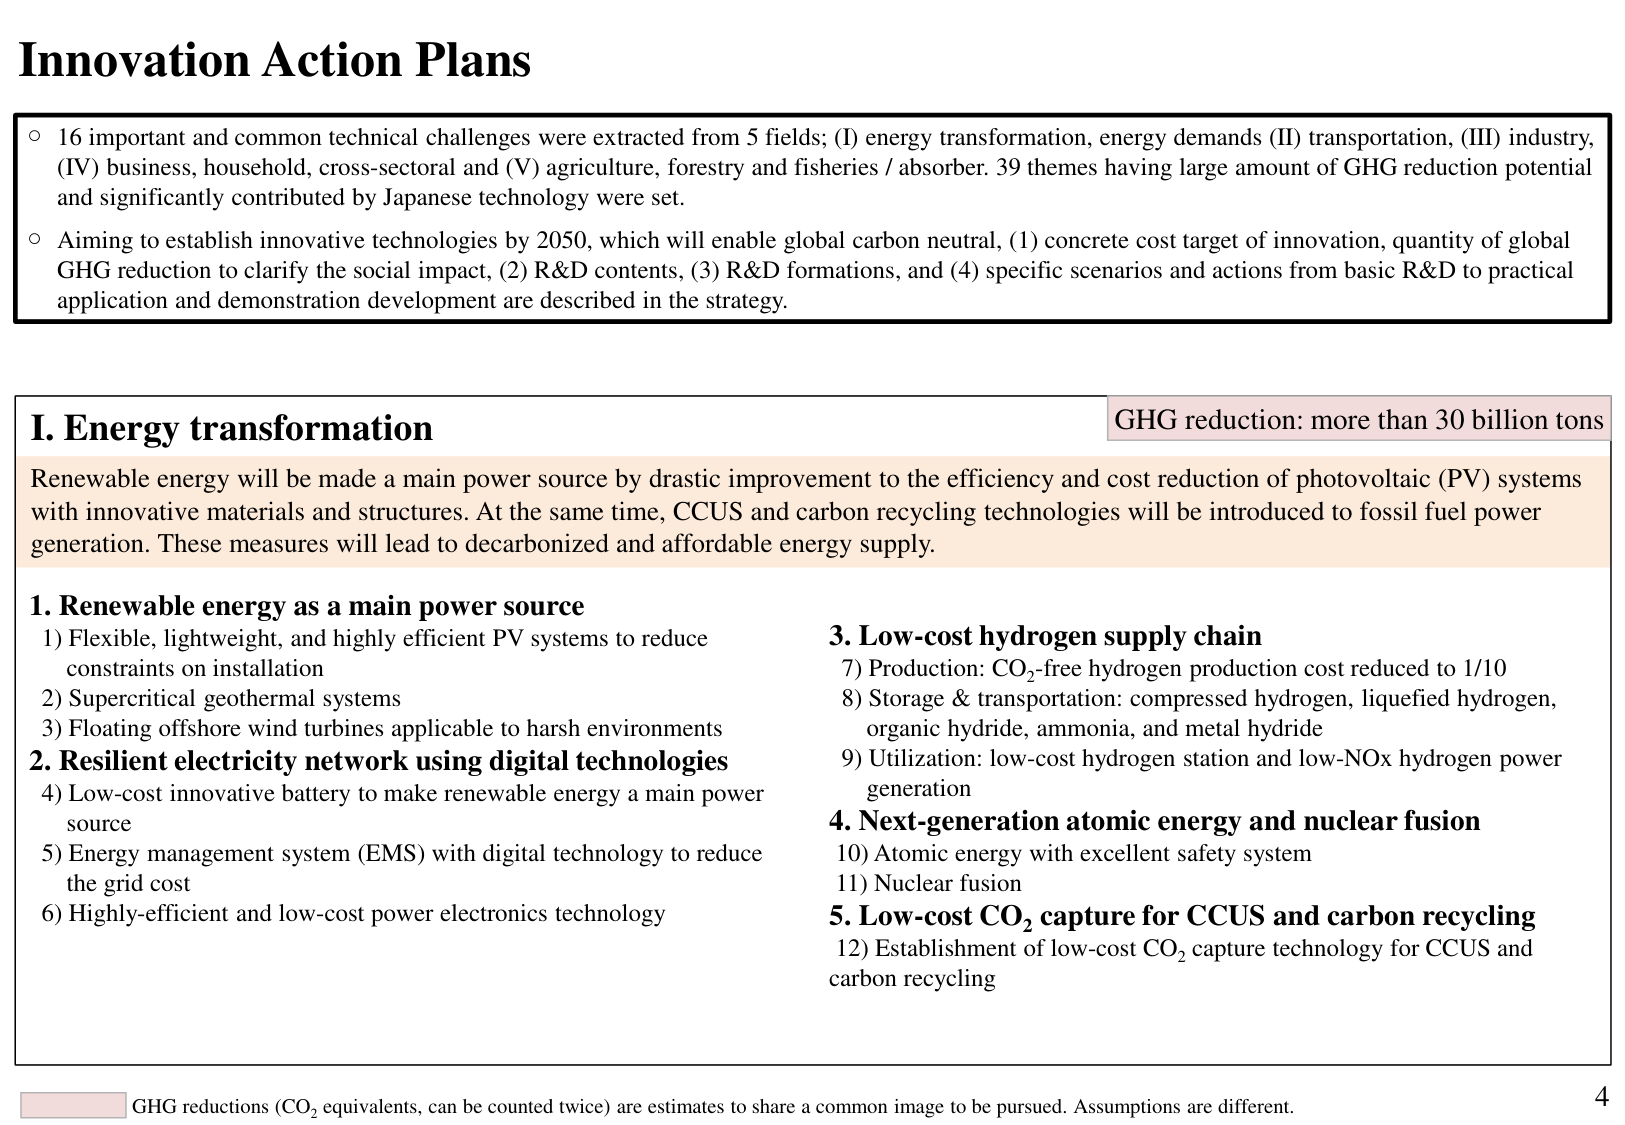
Innovation Action Plans

○ 16 important and common technical challenges were extracted from 5 fields; (I) energy transformation, energy demands (II) transportation, (III) industry, (IV) business, household, cross-sectoral and (V) agriculture, forestry and fisheries / absorber. 39 themes having large amount of GHG reduction potential and significantly contributed by Japanese technology were set.

○ Aiming to establish innovative technologies by 2050, which will enable global carbon neutral, (1) concrete cost target of innovation, quantity of global GHG reduction to clarify the social impact, (2) R&D contents, (3) R&D formations, and (4) specific scenarios and actions from basic R&D to practical application and demonstration development are described in the strategy.

I. Energy transformation
GHG reduction: more than 30 billion tons

Renewable energy will be made a main power source by drastic improvement to the efficiency and cost reduction of photovoltaic (PV) systems with innovative materials and structures. At the same time, CCUS and carbon recycling technologies will be introduced to fossil fuel power generation. These measures will lead to decarbonized and affordable energy supply.

1. Renewable energy as a main power source
1) Flexible, lightweight, and highly efficient PV systems to reduce constraints on installation
2) Supercritical geothermal systems
3) Floating offshore wind turbines applicable to harsh environments

2. Resilient electricity network using digital technologies
4) Low-cost innovative battery to make renewable energy a main power source
5) Energy management system (EMS) with digital technology to reduce the grid cost
6) Highly-efficient and low-cost power electronics technology

3. Low-cost hydrogen supply chain
7) Production: CO₂-free hydrogen production cost reduced to 1/10
8) Storage & transportation: compressed hydrogen, liquefied hydrogen, organic hydride, ammonia, and metal hydride
9) Utilization: low-cost hydrogen station and low-NOx hydrogen power generation

4. Next-generation atomic energy and nuclear fusion
10) Atomic energy with excellent safety system
11) Nuclear fusion

5. Low-cost CO₂ capture for CCUS and carbon recycling
12) Establishment of low-cost CO₂ capture technology for CCUS and carbon recycling

GHG reductions (CO₂ equivalents, can be counted twice) are estimates to share a common image to be pursued. Assumptions are different.
4